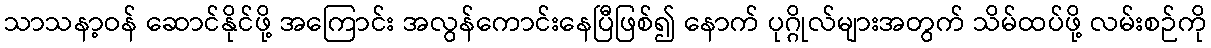
သာသနာ့ဝန် ဆောင်နိုင်ဖို့ အကြောင်း အလွန်ကောင်းနေပြီဖြစ်၍ နောက် ပုဂ္ဂိုလ်များအတွက် သိမ်ထပ်ဖို့ လမ်းစဉ်ကို